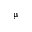
\upmu